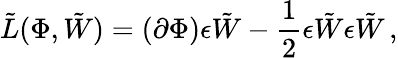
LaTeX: {\tilde{L}}(\Phi,\tilde{W})=\left(\partial\Phi\right)\epsilon\tilde{W}-\frac{1}{2}\epsilon\tilde{W}\epsilon\tilde{W}\, ,